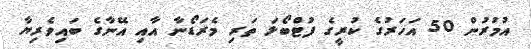
އުމުރުން 50 އަހަރުގެ ކުރީގެ ފުޓްބޯޅަ ތަރި މެރަޑޯނާ އާއި އޭނާގެ ބައިވެރިޔާ